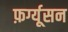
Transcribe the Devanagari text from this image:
फ़र्ग्यूसन